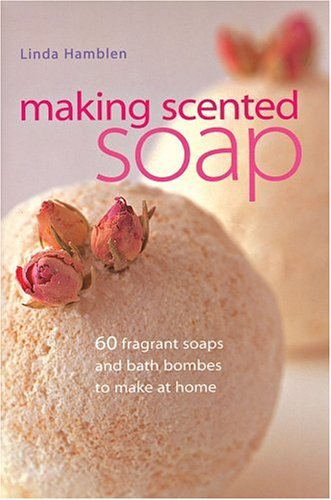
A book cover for Making Scented Soap: 60 fragrant soaps and bath bombes to make at home; Linda Hamblen; Crafts, Hobbies & Home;